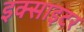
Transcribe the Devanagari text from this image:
इक्साइटर